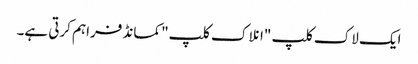
ایک لاک کلپ "انلاک کلپ" کمانڈ فراہم کرتی ہے۔